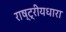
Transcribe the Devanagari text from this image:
राष्ट्रीयधारा